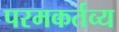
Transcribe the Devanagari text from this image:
परमकर्तव्य